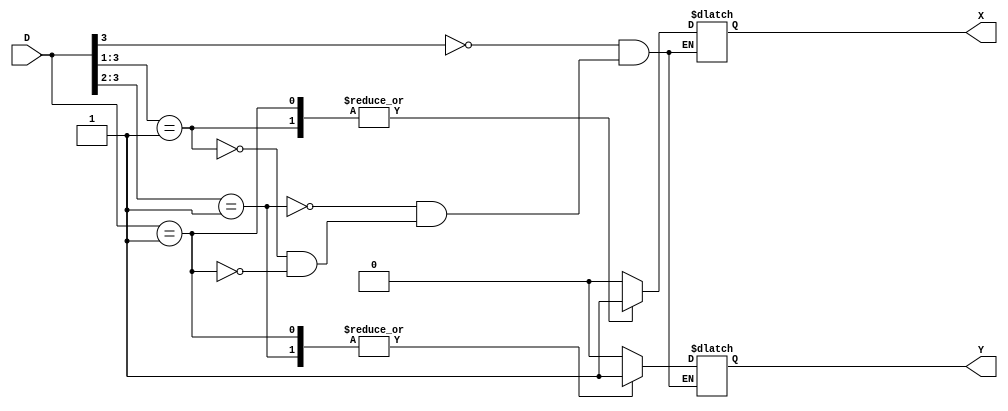
`timescale 1ns / 1ps
//////////////////////////////////////////////////////////////////////////////////
// Company: 
// Engineer: 
// 
// Design Name: 
// Module Name: PE
// Project Name: 
// Target Devices: 
// Tool Versions: 
// Description: 
// 
// Dependencies: 
// 
// Revision:
// Revision 0.01 - File Created
// Additional Comments:
// 
//////////////////////////////////////////////////////////////////////////////////


module Priority_Encoder(D, X, Y);
input [3:0] D;
output reg X, Y;

 always@ (*)
begin

casex (D[3:0])
//4'b0000 : begin X = x; Y = x;  end

4'b1xxx : begin X = 0; Y = 0;  end

4'b01xx : begin  X = 0; Y = 1;  end

4'b001x : begin X = 1; Y = 0;  end

4'b0001 : begin X = 1; Y = 1;  end
endcase

end
endmodule


module test;
reg [3:0] D;
wire X, Y;

//signal
initial 
begin
#00 D[0] = 0; D[1] =0; D[2] = 0; D[3]=0;

#10 D[0] = 1; D[1] =0; D[2] = 0; D[3]=0;

#10 D[0] = 1; D[1] =1; D[2] = 0; D[3]=0;

#10 D[0] = 0; D[1] =0; D[2] = 1; D[3]=0;


#10 D[0] = 0; D[1] =0; D[2] = 0; D[3]=1;

$stop;


end
Priority_Encoder    PE_TB(D, X, Y);
endmodule